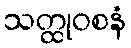
သတ္ထုဝစနံ